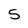
Character: 5